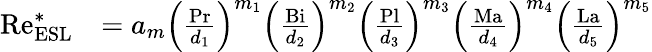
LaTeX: \begin{array}{rl}{\mathrm{Re}_{\mathrm{ESL}}^{\ast}}&{=a_{m}\left(\frac{\mathrm{Pr}}{d_{1}}\right)^{m_{1}}\left(\frac{\mathrm{Bi}}{d_{2}}\right)^{m_{2}}\left(\frac{\mathrm{Pl}}{d_{3}}\right)^{m_{3}}\left(\frac{\mathrm{Ma}}{d_{4}}\right)^{m_{4}}\left(\frac{\mathrm{La}}{d_{5}}\right)^{m_{5}}}\end{array}